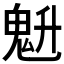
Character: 𱆗